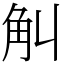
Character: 觓